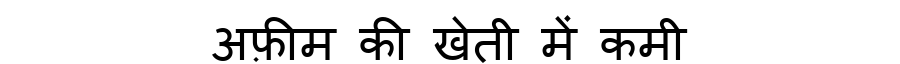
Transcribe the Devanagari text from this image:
अफ़ीम की खेती में कमी